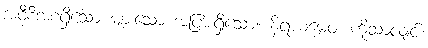
အဝီစိအစရှိသော များသော အပြားရှိသော။ နိရယမေဝ၊ ကိုသာလျှင်။